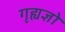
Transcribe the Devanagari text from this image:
गृह्यज्ञों